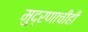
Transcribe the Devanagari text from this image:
मुद्रणाचीही